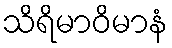
သိရိမာဝိမာနံ